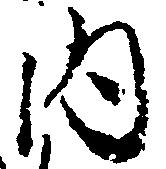
内